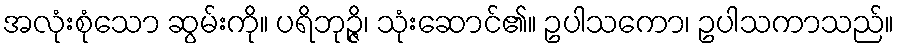
အလုံးစုံသော ဆွမ်းကို။ ပရိဘုဉ္ဇိ၊ သုံးဆောင်၏။ ဥပါသကော၊ ဥပါသကာသည်။